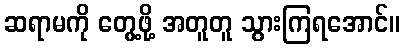
ဆရာမကို တွေ့ဖို့ အတူတူ သွားကြရအောင်။